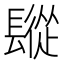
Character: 𨲧